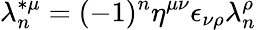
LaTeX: \lambda_{n}^{*\mu}=(-1)^{n}\eta^{\mu\nu}\epsilon_{\nu\rho}\lambda_{n}^{\rho}